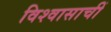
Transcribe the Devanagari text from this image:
विश्वासाचीं